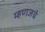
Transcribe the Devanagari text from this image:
म्हणजचे